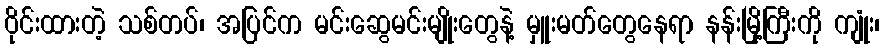
ဝိုင်းထားတဲ့ သစ်တပ်၊ အပြင်က မင်းဆွေမင်းမျိုးတွေနဲ့ မှူးမတ်တွေနေရာ နန်းမြို့ကြီးကို ကျုံး၊